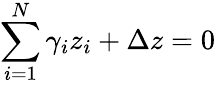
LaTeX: \sum_{i=1}^{N}\gamma_{i}z_{i}+\Delta z=0